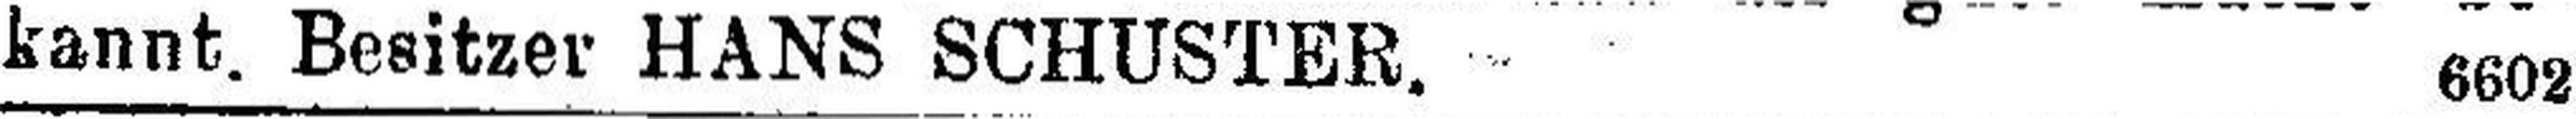
kannt. Besitzer HANS SCHUSTER. 6602